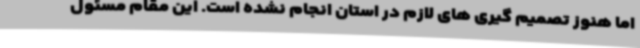
اما هنوز تصمیم گیری های لازم در استان انجام نشده است. این مقام مسئول